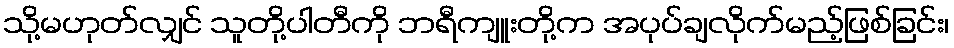
သို့မဟုတ်လျှင် သူတို့ပါတီကို ဘရီကျူးတို့က အပုပ်ချလိုက်မည့်ဖြစ်ခြင်း၊